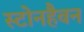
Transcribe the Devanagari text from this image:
स्टोनहैवन